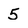
Character: 5